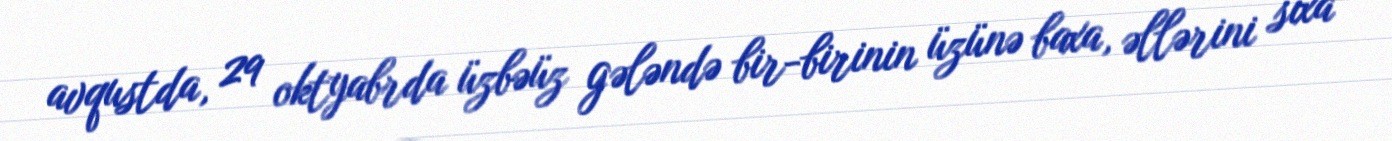
avqustda, 29 oktyabrda üzbəüz gələndə bir-birinin üzünə baxa, əllərini sıxa